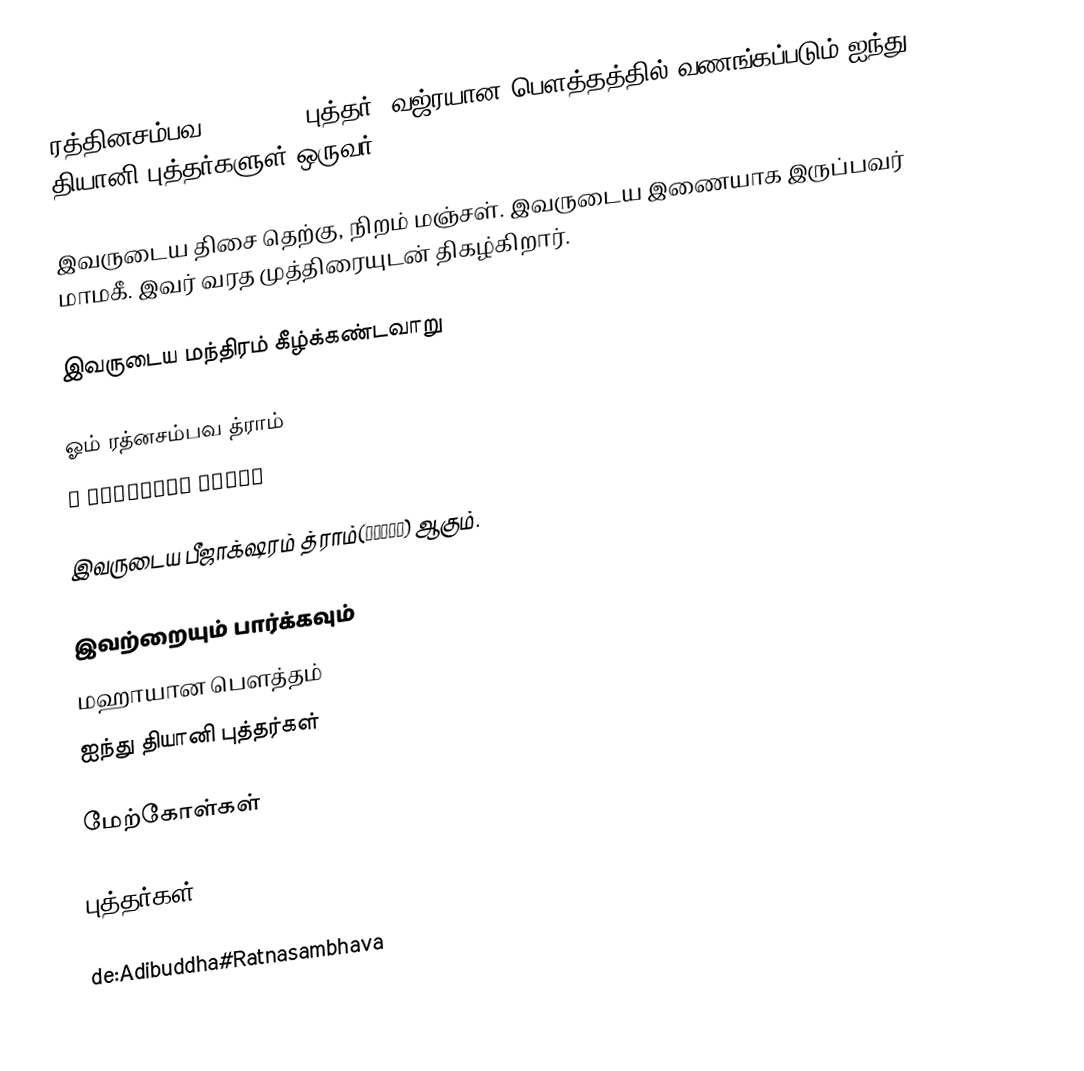
ரத்தினசம்பவ(रत्नसंभव) புத்தர், வஜ்ரயான பௌத்தத்தில் வணங்கப்படும் ஐந்து தியானி புத்தர்களுள் ஒருவர்.

இவருடைய திசை தெற்கு, நிறம் மஞ்சள். இவருடைய இணையாக இருப்பவர் மாமகீ. இவர் வரத முத்திரையுடன் திகழ்கிறார்.

இவருடைய மந்திரம் கீழ்க்கண்டவாறு

ஓம் ரத்னசம்பவ த்ராம்
ॐ रत्नसंभव त्राँ

இவருடைய பீஜாக்‌ஷரம் த்ராம்(त्राँ) ஆகும்.

இவற்றையும் பார்க்கவும்
 மஹாயான பௌத்தம்
 ஐந்து தியானி புத்தர்கள்

மேற்கோள்கள்

புத்தர்கள்

de:Adibuddha#Ratnasambhava